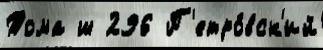
Тома ш 296 П'етро́вск'ий